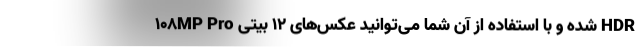
108MP Pro شده و با استفاده از آن شما می‌توانید عکس‌های 12 بیتی HDR